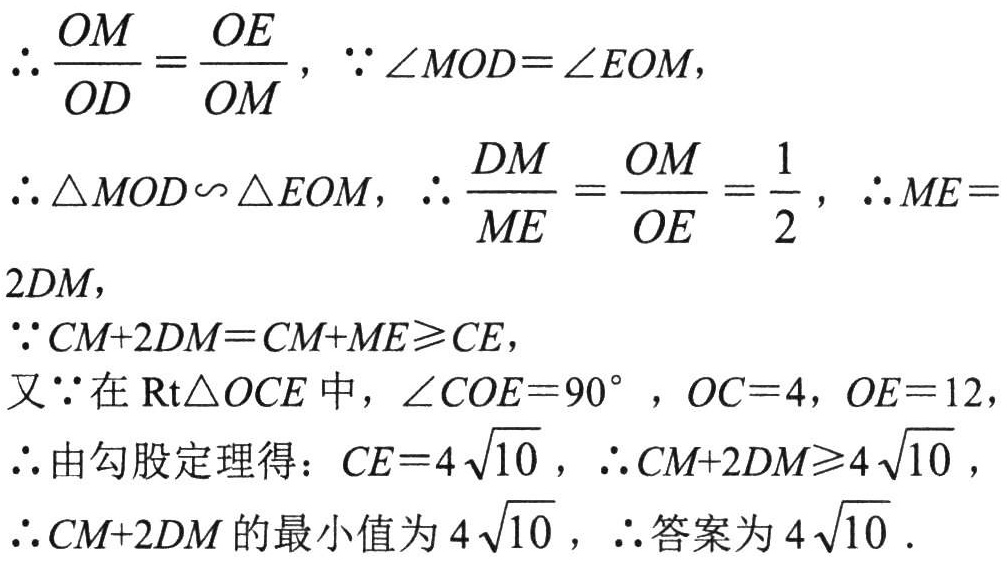
\[\begin{align*}
&\therefore\frac{OM}{OD}=\frac{OE}{OM},\ \because\angle MOD = \angle EOM,\\
&\therefore\triangle MOD\sim\triangle EOM,\ \therefore\frac{DM}{ME}=\frac{OM}{OE}=\frac{1}{2},\ \therefore ME = 2DM,\\
&\because CM + 2DM=CM + ME\geq CE,\\
&又\because在\mathrm{Rt}\triangle OCE中,\ \angle COE = 90^{\circ},\ OC = 4,\ OE = 12,\\
&\therefore由勾股定理得：CE = 4\sqrt{10},\ \therefore CM + 2DM\geq4\sqrt{10},\\
&\therefore CM + 2DM的最小值为4\sqrt{10},\ \therefore答案为4\sqrt{10}.
\end{align*}\]